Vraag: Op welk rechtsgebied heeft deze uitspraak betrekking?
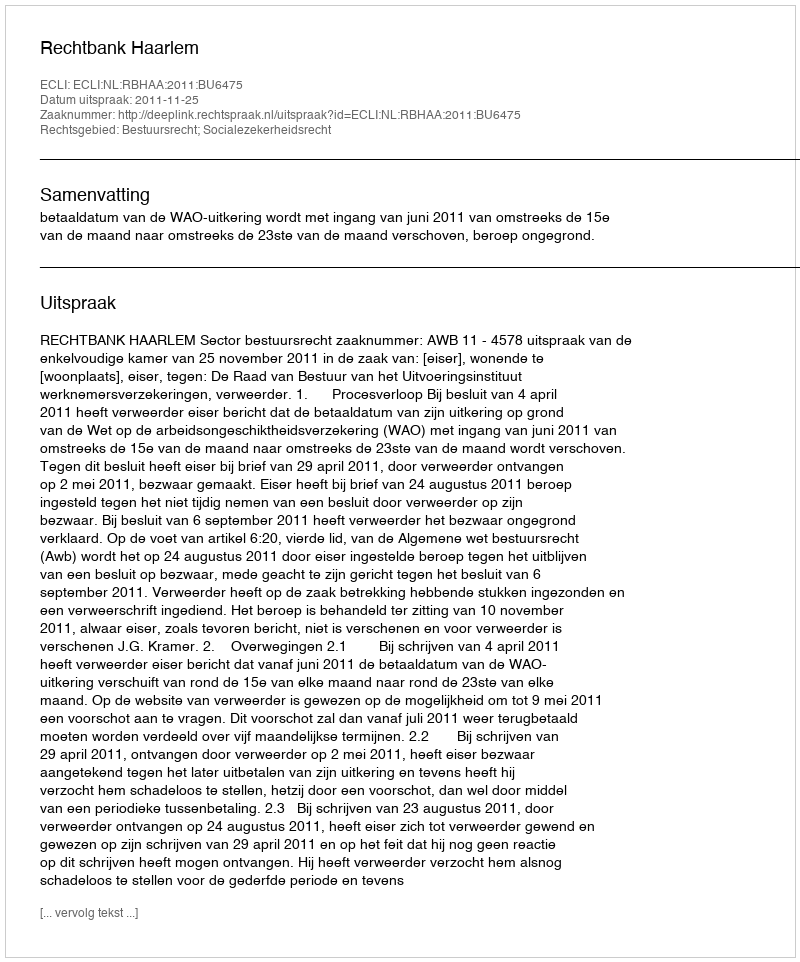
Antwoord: Bestuursrecht; Socialezekerheidsrecht